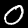
Label: 0